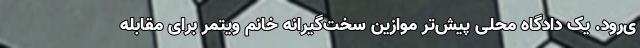
ی‌رود. یک دادگاه محلی پیش‌تر موازین سخت‌گیرانه خانم ویتمر برای مقابله